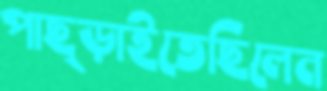
পাছ্‌ড়াইতেছিলেন